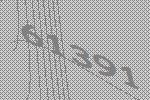
61391